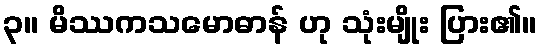
၃။ မိဿကသမောဓာန် ဟု သုံးမျိုး ပြား၏။